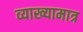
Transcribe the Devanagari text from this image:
व्याख्यामात्र